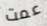
عمت